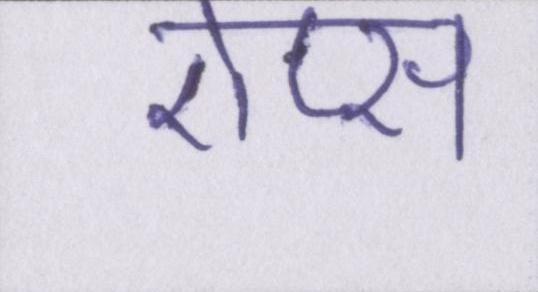
ऐप्स